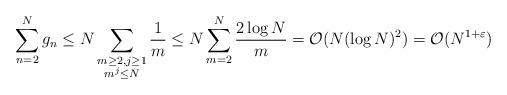
LaTeX: \begin{align*} \sum_{n=2}^N g_n & \le N \sum_{\substack{m \ge 2, j \ge 1\\m^j \le N}} \frac 1 m \le N \sum_{m=2}^N \frac{2 \log N} m = \mathcal O(N (\log N)^2) = \mathcal O(N^{1+\varepsilon}) \end{align*}